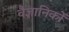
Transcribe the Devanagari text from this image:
वैज्ञानिकाें